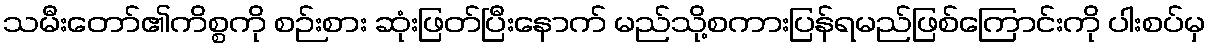
သမီးတော်၏ကိစ္စကို စဉ်းစား ဆုံးဖြတ်ပြီးနောက် မည်သို့စကားပြန်ရမည်ဖြစ်ကြောင်းကို ပါးစပ်မှ